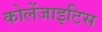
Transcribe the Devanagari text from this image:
कोलेंजाइटिस